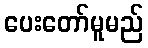
ပေးတော်မူမည်